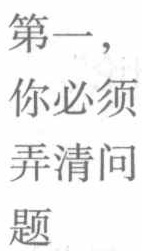
第一，
你必须
弄清问
题